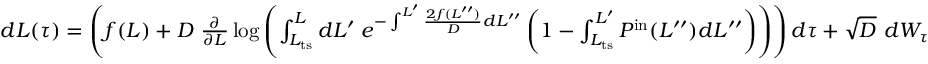
\begin{array} { r } { d L ( \tau ) = \left( f ( L ) + D \ \frac { \partial } { \partial L } \log \left( \int _ { L _ { \mathrm { t s } } } ^ { L } d L ^ { \prime } \; e ^ { - \int ^ { L ^ { \prime } } \frac { 2 f ( L ^ { \prime \prime } ) } { D } d L ^ { \prime \prime } } \left( 1 - \int _ { L _ { \mathrm { t s } } } ^ { L ^ { \prime } } P ^ { \mathrm { i n } } ( L ^ { \prime \prime } ) d L ^ { \prime \prime } \right) \right) \right) d \tau + \sqrt { D } \ d W _ { \tau } } \end{array}